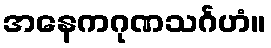
အနေကဂုဏသင်္ဂဟံ။